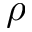
\rho